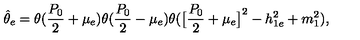
\hat { \theta } _ { e } = \theta ( { \frac { P _ { 0 } } { 2 } } + \mu _ { e } ) \theta ( { \frac { P _ { 0 } } { 2 } } - \mu _ { e } ) \theta ( \big [ { \frac { P _ { 0 } } { 2 } } + \mu _ { e } \big ] ^ { 2 } - h _ { 1 e } ^ { 2 } + m _ { 1 } ^ { 2 } ) ,